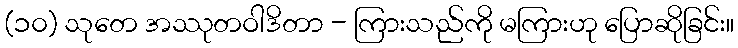
(၁၀) သုတေ အဿုတဝါဒိတာ - ကြားသည်ကို မကြားဟု ပြောဆိုခြင်း။